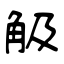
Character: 觙